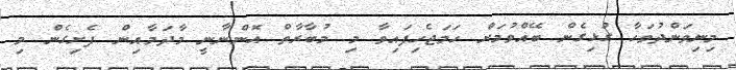
މިނިވަންދުވަހާ ގުޅިގެން ބޭއްވުމަށް ހަމަޖެހިފައިވާ މި މުބާރާތް އޮންނާނީ މާދަމާއިން ފެށިގެން މި